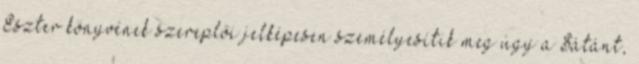
Eszter könyvének szereplői jelképesen személyesítik meg úgy a Sátánt,